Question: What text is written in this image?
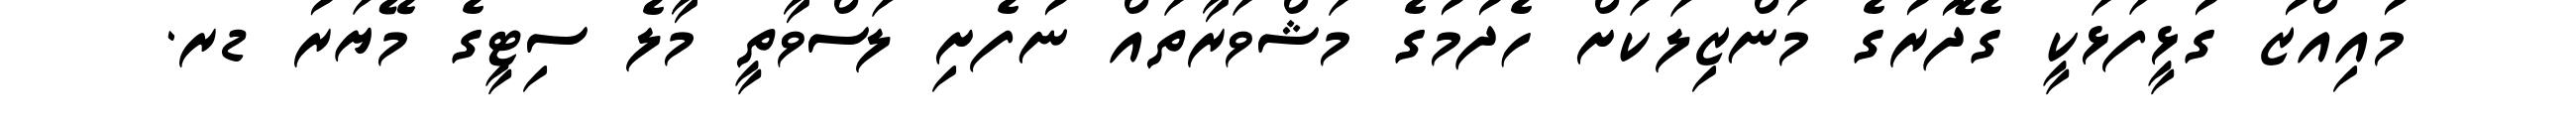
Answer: މުއިއްޒު ގުޅީފަޅަކީ ގެދޮރުގެ މަންޒިލަކަށް ހެދުމުގެ މަޝްވަރާތައް ނުފެށި ލަސްވާތީ މާލެ ސިޓީގެ މޭޔަރު ޑރ.